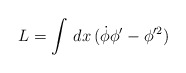
\begin{align*}L=\int\,dx\,(\dot{\phi}\phi'-\phi'^{2})\end{align*}